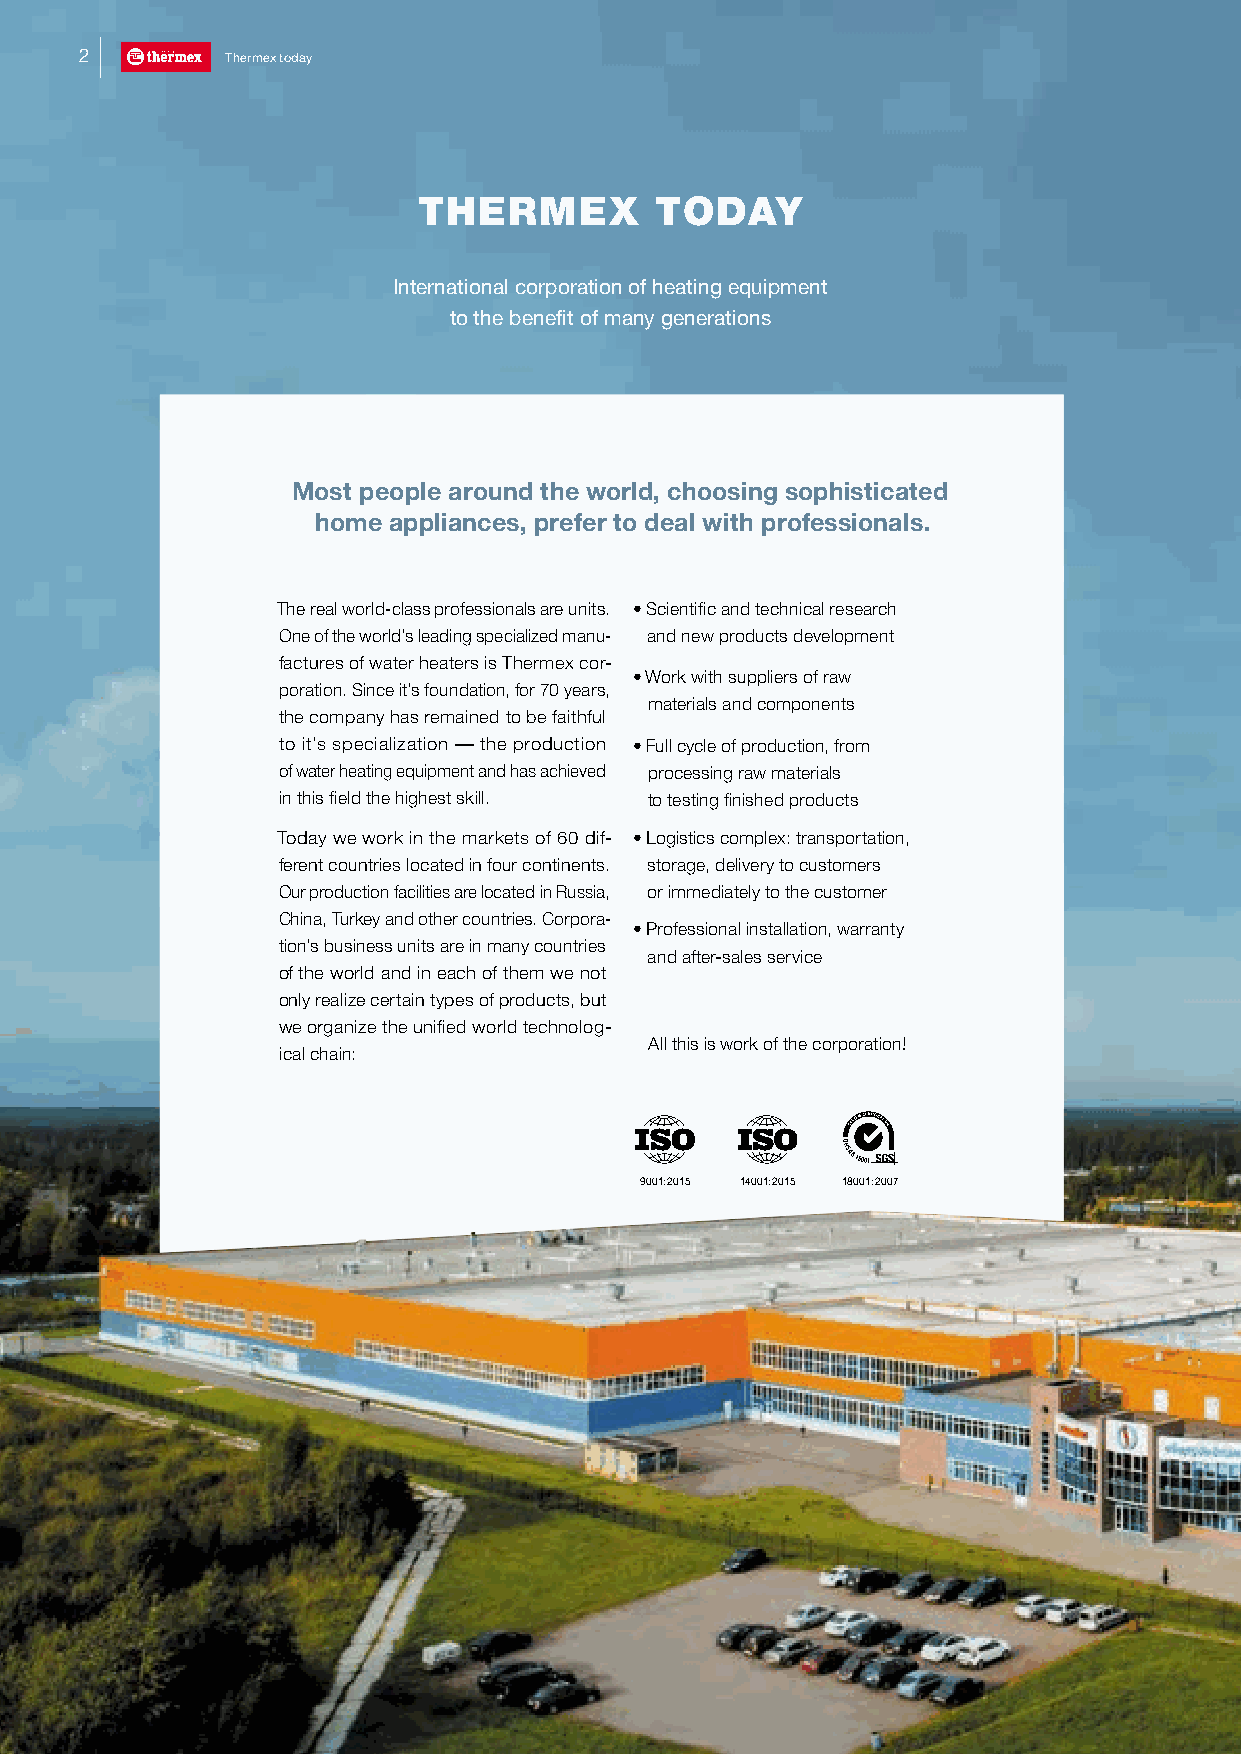
2         Thermex today
 THERMEX        TODAY
 International corporation of heating equipment
 to the benefit of many generations
 Most people around the world, choosing sophisticated
 home appliances, prefer to deal with professionals.
 The real world-class professionals are units. • Scientific and technical research
 One of the world’s leading specialized manu- and new products development
 factures of water heaters is Thermex cor-
 • Work with suppliers of raw
 poration. Since it’s foundation, for 70 years,
 materials and components
 the company has remained to be faithful
 to it’s specialization — the production • Full cycle of production, from
 of water heating equipment and has achieved processing raw materials
 in this field the highest skill. to testing finished products
 Today we work in the markets of 60 dif- • Logistics complex: transportation,
 ferent countries located in four continents. storage, delivery to customers
 Our production facilities are located in Russia, or immediately to the customer
 China, Turkey and other countries. Corpora-
 • Professional installation, warranty
 tion’s business units are in many countries
 and after-sales service
 of the world and in each of them we not
 only realize certain types of products, but
 we organize the unified world technolog-
 All this is work of the corporation!
 ical chain:
 9001:2015 14001:2015 18001:2007